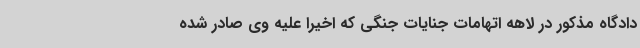
دادگاه مذکور در لاهه اتهامات جنایات جنگی که اخیرا علیه وی صادر شده